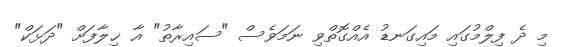
މި ދެ ފިލްމުގައި މައިގަނޑު އެއްގޮތްވި ނަމަވެސް "ސައިރާތު" އާ ޚިލާފަށް "ދަޅަކް"